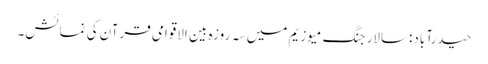
حیدرآباد:سالار جنگ میوزیم میں سہ روزہ بین الاقوامی قرآن کی نمائش۔